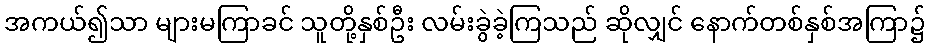
အကယ်၍သာ များမကြာခင် သူတို့နှစ်ဦး လမ်းခွဲခဲ့ကြသည် ဆိုလျှင် နောက်တစ်နှစ်အကြာ၌